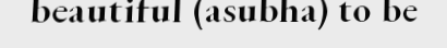
beautiful (asubha) to be